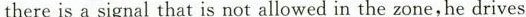
there is a signal that is not allowed in the zone,he drives